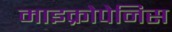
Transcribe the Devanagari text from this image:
माइक्रोपेनिस